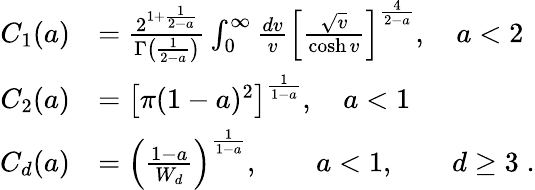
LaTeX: \begin{array}{rl}{C_{1}(a)}&{=\frac{2^{1+\frac{1}{2-a}}}{\Gamma\left(\frac{1}{2-a}\right)}\int_{0}^{\infty}\frac{dv}{v}\left[\frac{\sqrt{v}}{\cosh v}\right]^{\frac{4}{2-a}},\quad a<2}\\ {C_{2}(a)}&{=\left[\pi(1-a)^{2}\right]^{\frac{1}{1-a}},\quad a<1}\\ {C_{d}(a)}&{=\left(\frac{1-a}{W_{d}}\right)^{\frac{1}{1-a}},\qquad a<1,\qquad d\geq 3\; .}\end{array}